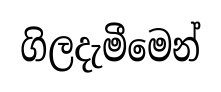
ගිලදැමීමෙන්